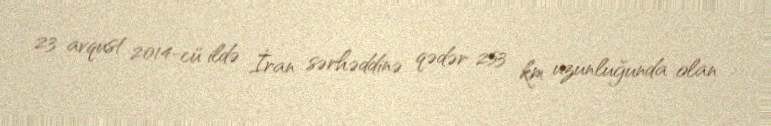
23 avqust 2014-cü ildə İran sərhəddinə qədər 253 km uzunluğunda olan